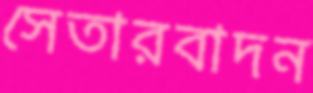
সেতারবাদন